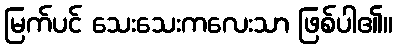
မြက်ပင် သေးသေးကလေးသာ ဖြစ်ပါ၏။